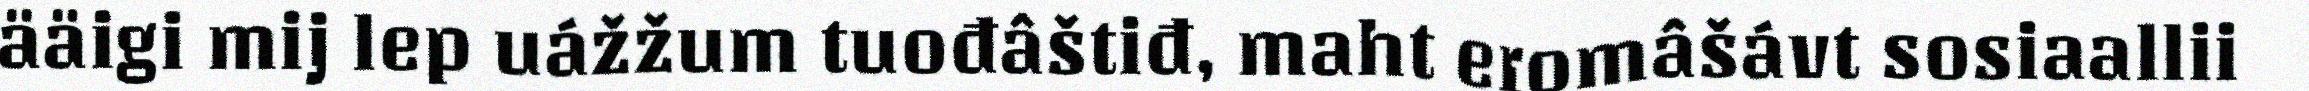
ääigi mij lep uážžum tuođâštiđ, maht eromâšávt sosiaallii